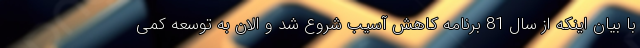
با بیان اینکه از سال 81 برنامه کاهش آسیب شروع شد و الان به توسعه کمی